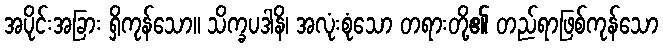
အပိုင်းအခြား ရှိကုန်သော။ သိက္ခပဒါနိ၊ အလုံးစုံသော တရားတို့၏ တည်ရာဖြစ်ကုန်သော